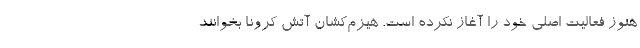
هنوز فعالیت اصلی خود را آغاز نکرده است. هیزم‌کشان آتش کرونا بخوانند